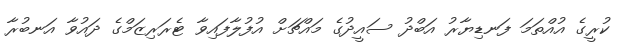
ކުރީގެ އުއްތަމަ ފަނޑިޔާރު އަބްދު ސައީދުގެ މައްޗަށް އުފުލާފައިވާ ޓެރަރިޒަމްގެ ދައުވާ އަނބުރާ